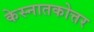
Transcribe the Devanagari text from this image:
केस्नातकोत्तर